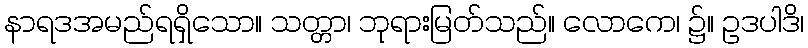
နာရဒအမည်ရရှိသော။ သတ္တာ၊ ဘုရားမြတ်သည်။ လောကေ၊ ၌။ ဥဒပါဒိ၊